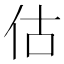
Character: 估